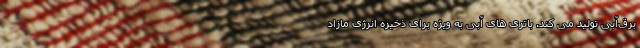
برق‌آبی تولید می کند. باتری های آبی به ویژه برای ذخیره انرژی مازاد